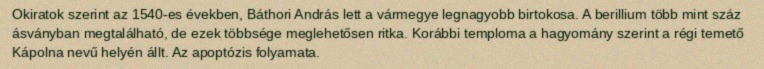
Okiratok szerint az 1540-es években, Báthori András lett a vármegye legnagyobb birtokosa. A berillium több mint száz ásványban megtalálható, de ezek többsége meglehetősen ritka. Korábbi temploma a hagyomány szerint a régi temető Kápolna nevű helyén állt. Az apoptózis folyamata.